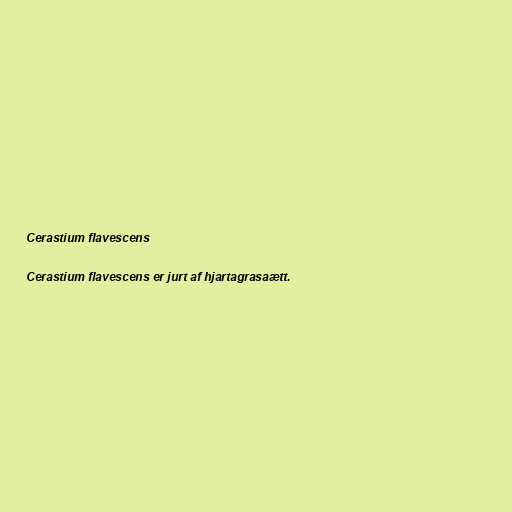
Cerastium flavescens

Cerastium flavescens er jurt af hjartagrasaætt.